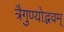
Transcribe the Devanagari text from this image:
त्रैगुण्योद्भवम्